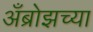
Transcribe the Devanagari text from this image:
अँब्रोझच्या